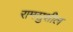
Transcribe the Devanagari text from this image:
रामसुशील